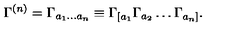
\Gamma ^ { ( n ) } = \Gamma _ { a _ { 1 } \ldots a _ { n } } \equiv \Gamma _ { [ a _ { 1 } } \Gamma _ { a _ { 2 } } \ldots \Gamma _ { a _ { n } ] } .